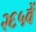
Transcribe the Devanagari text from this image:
२६५वें